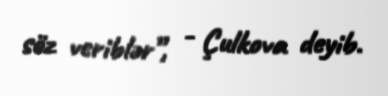
söz veriblər”, - Çulkova deyib.